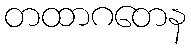
တထာဂတေန